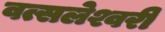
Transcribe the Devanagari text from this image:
वत्सलेश्वरी